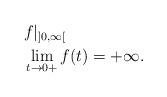
LaTeX: \begin{align*}&f|_{]0,\infty[}\\&\lim_{t\to 0+}f(t)=+\infty. \end{align*}